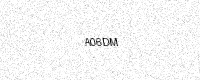
Text: A06DM